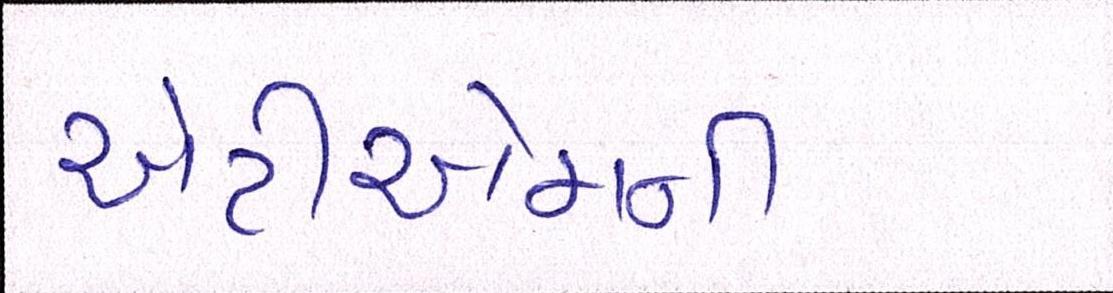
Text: એટીએમની